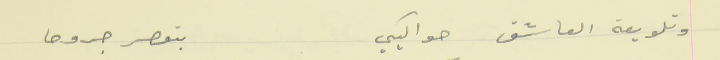
وتلويعة العاشق حواليكي                                      بتعصر جروحا